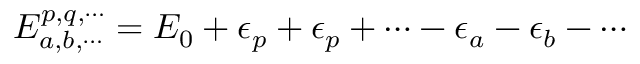
{ \cal E } _ { a , b , \cdots } ^ { p , q , \cdots } = { \cal E } _ { 0 } + \epsilon _ { p } + \epsilon _ { p } + \cdots - \epsilon _ { a } - \epsilon _ { b } - \cdots